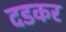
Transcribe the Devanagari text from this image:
दडकर